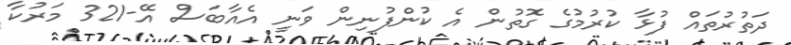
ދަތުރުތައް ފުޅާ ކުރުމުގެ ގޮތުން އެ ކުންފުނިން ވަނީ އެއާބަސް އޭ-321 މަރުކާ